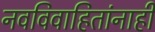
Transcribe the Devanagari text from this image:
नवविवाहितांनाही